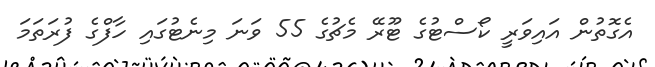
އެގޮތުން އައިވަރީ ކޯސްޓުގެ ޓޫރޭ މެޗުގެ 55 ވަނަ މިނެޓުގައި ހާފްގެ ފުރަތަމަ